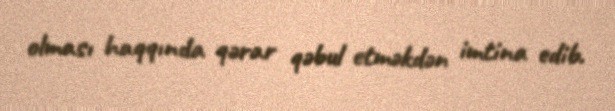
olması haqqında qərar qəbul etməkdən imtina edib.